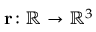
\mathbf { r } \! : \mathbb { R } \rightarrow \mathbb { R } ^ { 3 }